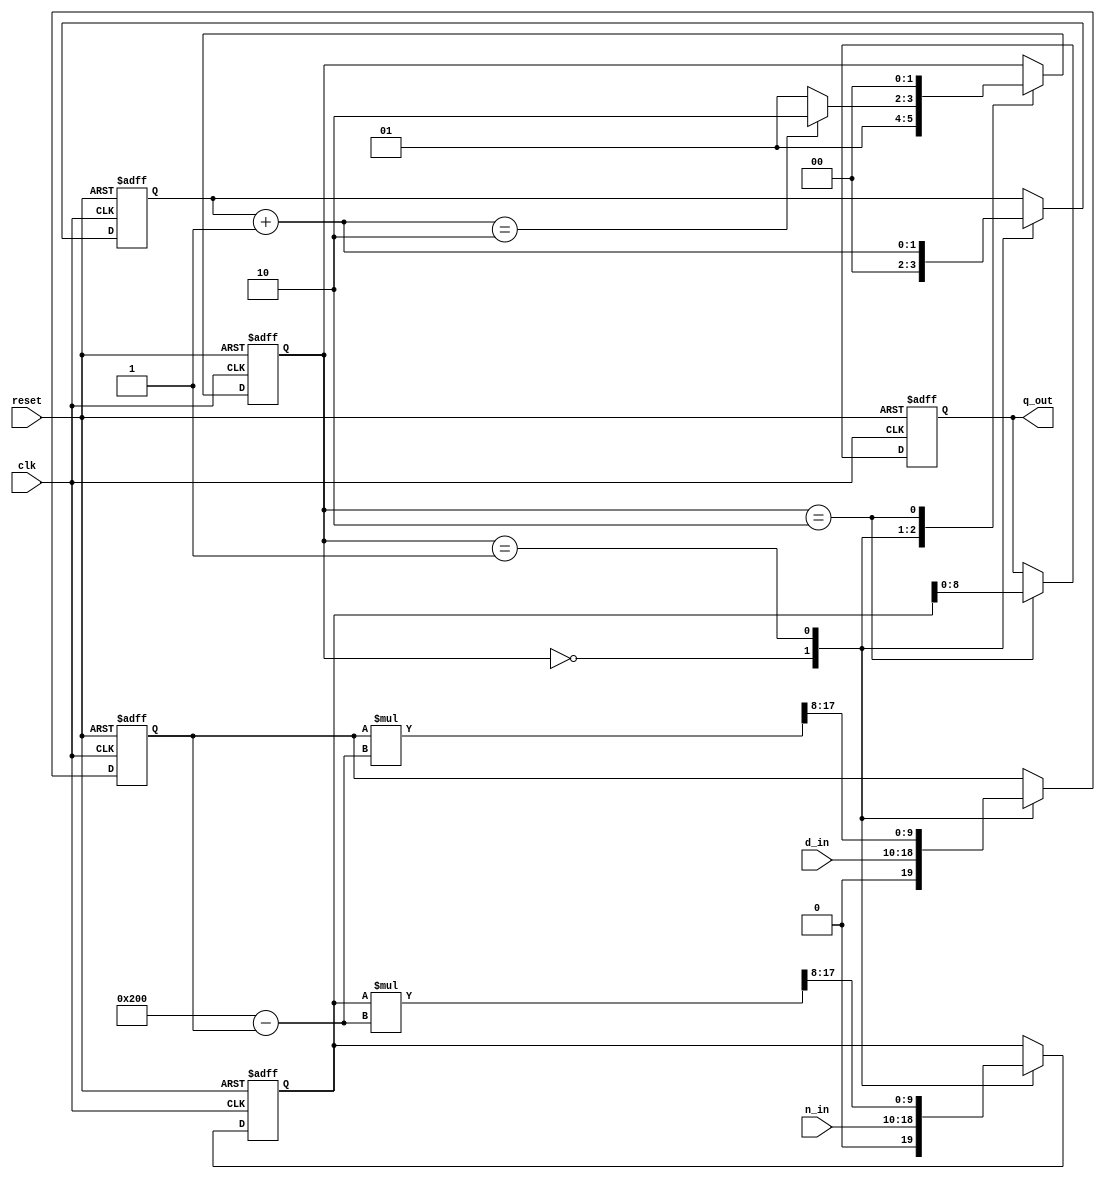
//*********************************************************
// IEEE STD 1364-2001 Verilog file: div_aegp.v
// Author-EMAIL: Uwe.Meyer-Baese@ieee.org
//*********************************************************
// Convergence division after
//  Anderson, Earle, Goldschmidt, and Powers
// Bit width: WN  WD  WN  WD
//  Nominator / Denumerator = Quotient and Remainder
// OR:  Nominator = Quotient * Denumerator + Remainder
// --------------------------------------------------------

module div_aegp
( input clk,  // System clock
  input reset,  // Asynchron reset
  input [8:0] n_in,  // Nominator
  input [8:0] d_in,  // Denumerator
  output reg [8:0] q_out); // Quotient

// --------------------------------------------------------
reg [1:0] state;

always @(posedge clk or posedge reset) //-> Divider in
begin : States  // behavioral style
    parameter s0=0, s1=1, s2=2;
    reg [1:0] count;
    reg [9:0] x, t, f;  // one guard bit
    reg [17:0] tempx, tempt;
    if (reset) begin  // Asynchronous reset
        state <= s0; 
        q_out <= 0; 
        count = 0; 
        x <= 0; 
        t <= 0;
    end else case (state)
        s0 : begin  // Initialization step
            state <= s1;
            count = 0;
            t <= {1'b0, d_in};  // Load denumerator
            x <= {1'b0, n_in};  // Load nominator
        end
        s1 : begin  // Processing step
            f = 512 - t;  // TWO - t
            tempx = (x * f); // Product in full
            tempt = (t * f); // bitwidth
            x <= tempx >> 8; // Factional f
            t <= tempt >> 8; // Scale by 256
            count = count + 1;
            if (count == 2)  // Division ready ?
                state <= s2;
            else
                state <= s1;
            end
        s2 : begin  // Output of result
            q_out <= x[8:0];
            state <= s0;  // Start next division
        end
    endcase
end

endmodule